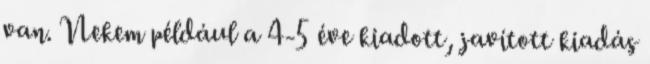
van. Nekem például a 4-5 éve kiadott, javított kiadás